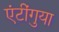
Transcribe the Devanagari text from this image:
एंटींगुया